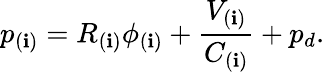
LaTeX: p_{(\mathbf{i})}=R_{(\mathbf{i})}\phi_{(\mathbf{i})}+\frac{{V_{(\mathbf{i})}}}{{C_{(\mathbf{i})}}}+p_{d}.